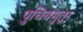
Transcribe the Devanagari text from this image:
पुधियमुतूर